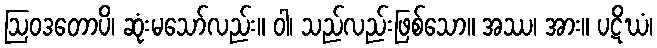
ဩဝဒတောပိ၊ ဆုံးမသော်လည်း။ ဝါ၊ သည်လည်းဖြစ်သော။ အဿ၊ အား။ ပဋိဃံ၊